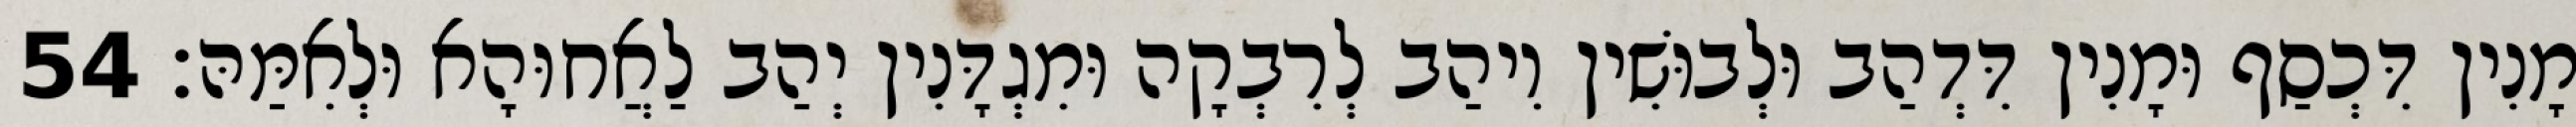
מָנִין דִּכְסַף וּמָנִין דִּדְהַב וּלְבוּשִׁין וִיהַב לְרִבְקָה וּמִגְדָּנִין יְהַב לַאֲחוּהָא וּלְאִמַּהּ׃ 54